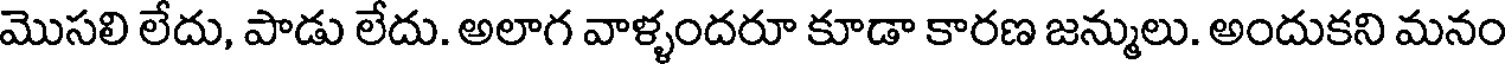
మొసలి లేదు, పాడు లేదు. అలాగ వాళ్ళందరూ కూడా కారణ జన్ములు. అందుకని మనం